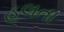
હલતા